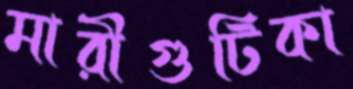
মারীগুটিকা